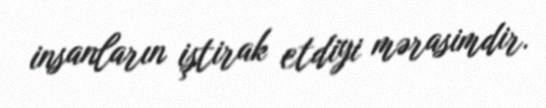
insanların iştirak etdiyi mərasimdir.